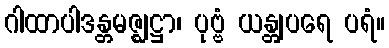
ဂါထာပါဒန္တမဇ္ဈဋ္ဌာ၊ ပုဗ္ဗံ ယန္တျပရေ ပရံ။